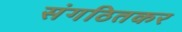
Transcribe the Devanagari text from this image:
संगठितकर